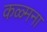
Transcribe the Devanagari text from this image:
कळ्मना